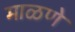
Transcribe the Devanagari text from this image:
माळणे